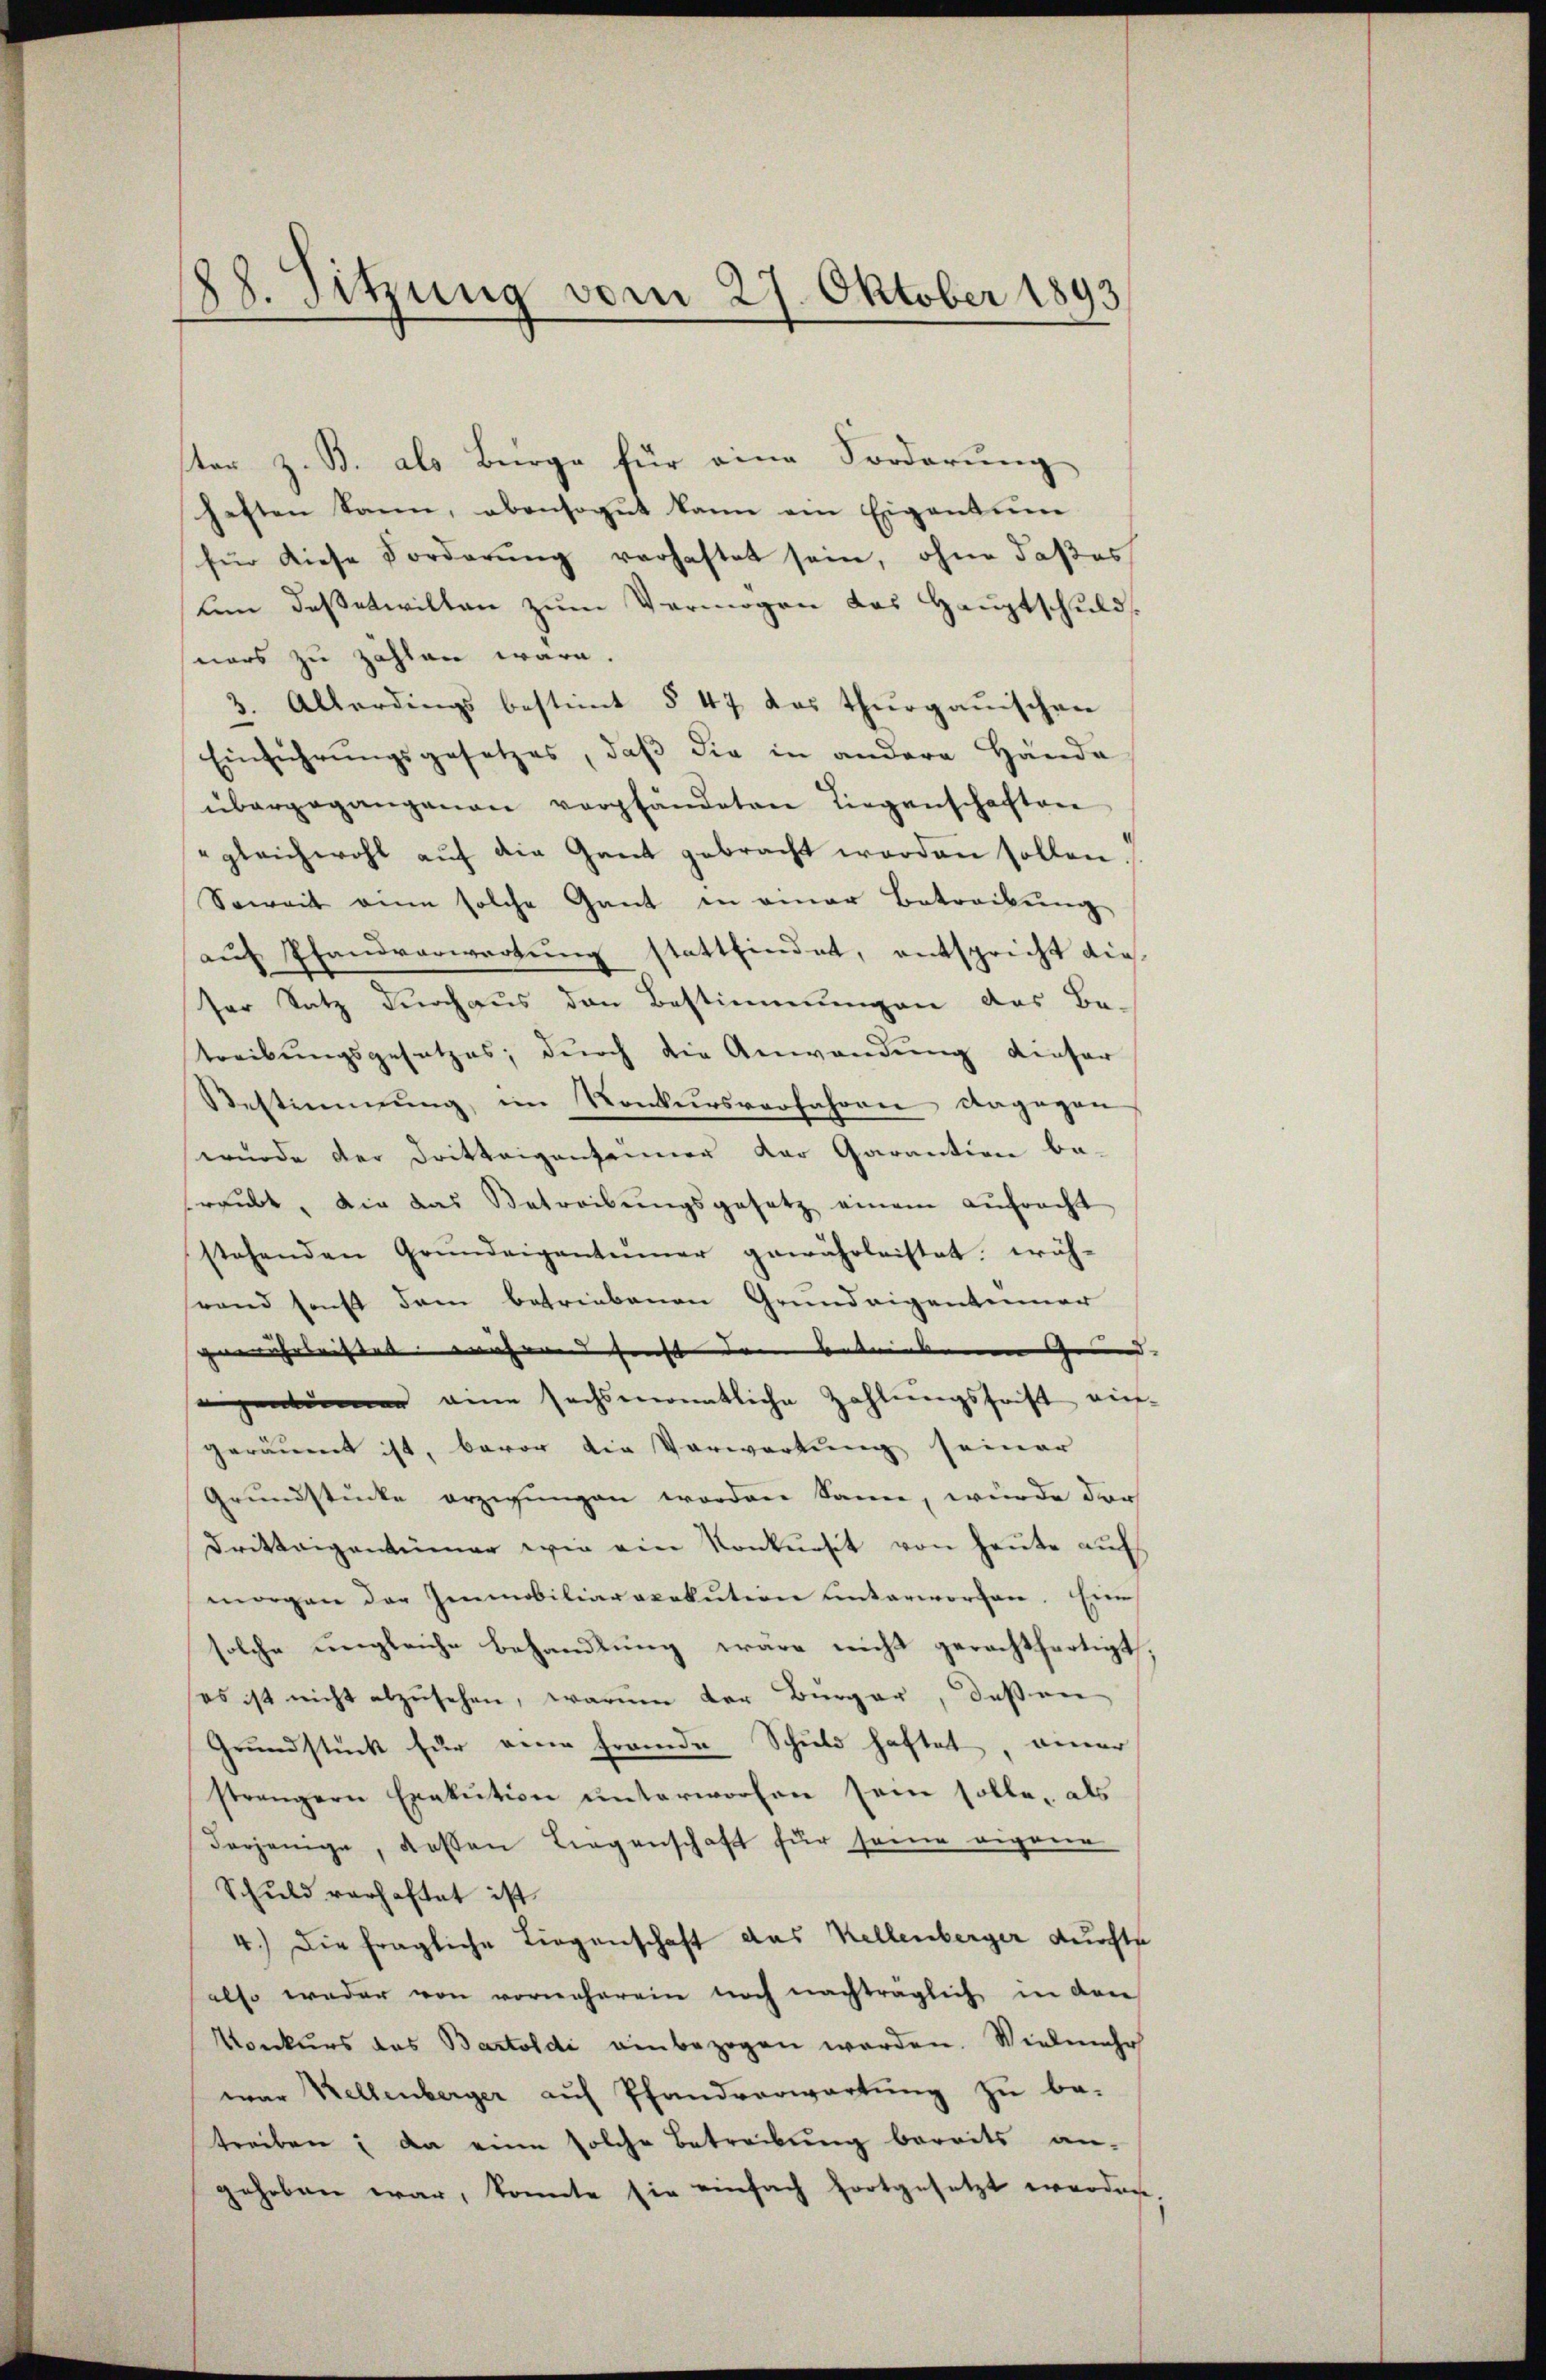
28. Sitzung vom 27. Oktober 1893

ter z. B. als Bürge für eine Forderung
heften kann, abensogut kann am Eigentum
für diese Forderung verhaftet sein, ohne daßes
um daßetwillen zum Vermögen das Hauptschuld
ners zu zählen wäre.
3. Allerdings bestimt § 47 das Thurgauischen
Einführŭngsgesetzes, daβ die in andere Hände
übergegangenen verpfändeten Liegenschaften
gleichwohl aŭf die Gant gebracht worden sollen.
Soweit ein solche Gant in einer Betreibŭng
aŭf Pfandverwartung stattfindet, entspricht dieser Satz durchaus den Bestimmungen des Be-
treibungsgesetzes, durch die Anwendung dieser
Bestimmung, im Konkursverfahren dagegen
wurde der Dritteigenfanner der Garantion be-
rpŭbt, die das Betreibŭngsgesetz einem aŭfracht
stehenden Grŭndeigentümer gewährleistet; wäh-
stand sonst dem betriebenen Grundeigentümer
gewährlichtet währen sonst dem betrinkenen Grund- |
dimer eine sechsmonatliche Zahlungsfrist ein-
geräumt ist, bevor die Vorwortung seiner
Grundstücke erzigungen worden Sann, würde der
Dritteigentümer wie ein Konkursit von heute auf
morgen der Immobiliaracekution unterworfen. Eine
solche ungleiche Behandlung wäre nicht gerechtfertigt
ses ist nicht abzŭsehen, warum der Bürger, deßen
Grundstück für eine Frande Schuld haftet, einer
strengern Exekution unterworfen sein solle, als
Derjenige, deßen Liegenschaft für seine eigene
Schuld verhaftet ist
4.) Die fragliche Liegenschaft das Kellenberger durchte
also weder von vorneherein noch nachträglich in den
Konkurs das Bartoldi einbezogen werden. Vielmehr
war Kellenberger auf Pfandverwartung zu be-
treiben; da eine solche Betreibung bereits an-
gehoben war, konnte sie einfach fortgesetzt werden,